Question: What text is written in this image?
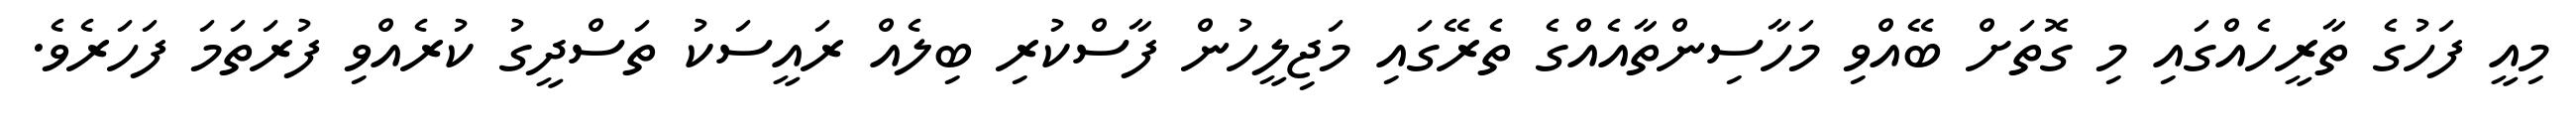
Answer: މިއީ ފަހުގެ ތާރީހެއްގައި މި ގޮތަށް ބޭއްވި މަހާސިންތާއެއްގެ ތެރޭގައި މަޖިލީހުން ފާސްކުރި ބިލެއް ރައީސަކު ތަސްދީގު ކުރެއްވި ފުރަތަމަ ފަހަރެވެ.